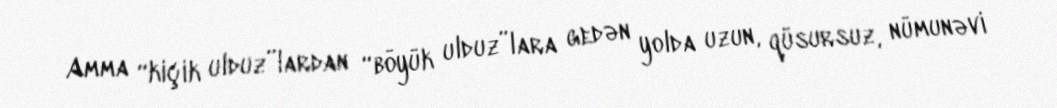
Amma “kiçik ulduz”lardan “böyük ulduz”lara gedən yolda uzun, qüsursuz, nümunəvi